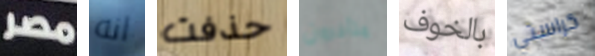
مصر انه حذفت متأخرون بالخوف كراستي